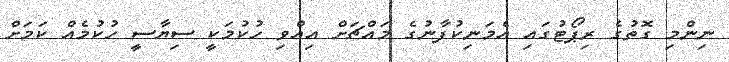
ނިންމި ގޮތުގެ ރިޕޯޓުގައި އެމަނިކުފާނުގެ މައްޗަށް އިއްވި ހުކުމަކީ ސިޔާސީ ހުކުމެއް ކަމަށް